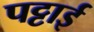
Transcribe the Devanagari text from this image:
पट्टाई